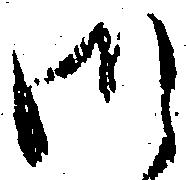
御